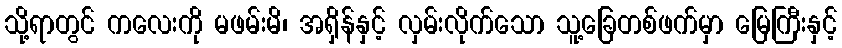
သို့ရာတွင် ကလေးကို မဖမ်းမိ၊ အရှိန်နှင့် လှမ်းလိုက်သော သူ့ခြေတစ်ဖက်မှာ မြေကြီးနှင့်